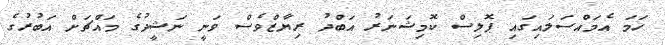
ހަމަ އެމައްސަލައިގައި ޕޮލިސް ކޮމިޝަނަރު އަބްދު ރިޔާޒްވެސް ވަނީ ނަޝީދުގެ މައްޗަށް އަބުރުގެ